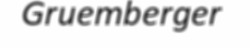
Gruemberger